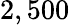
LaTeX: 2,500